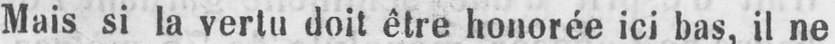
Mais si la vertu doit être honorée ici bas, il ne